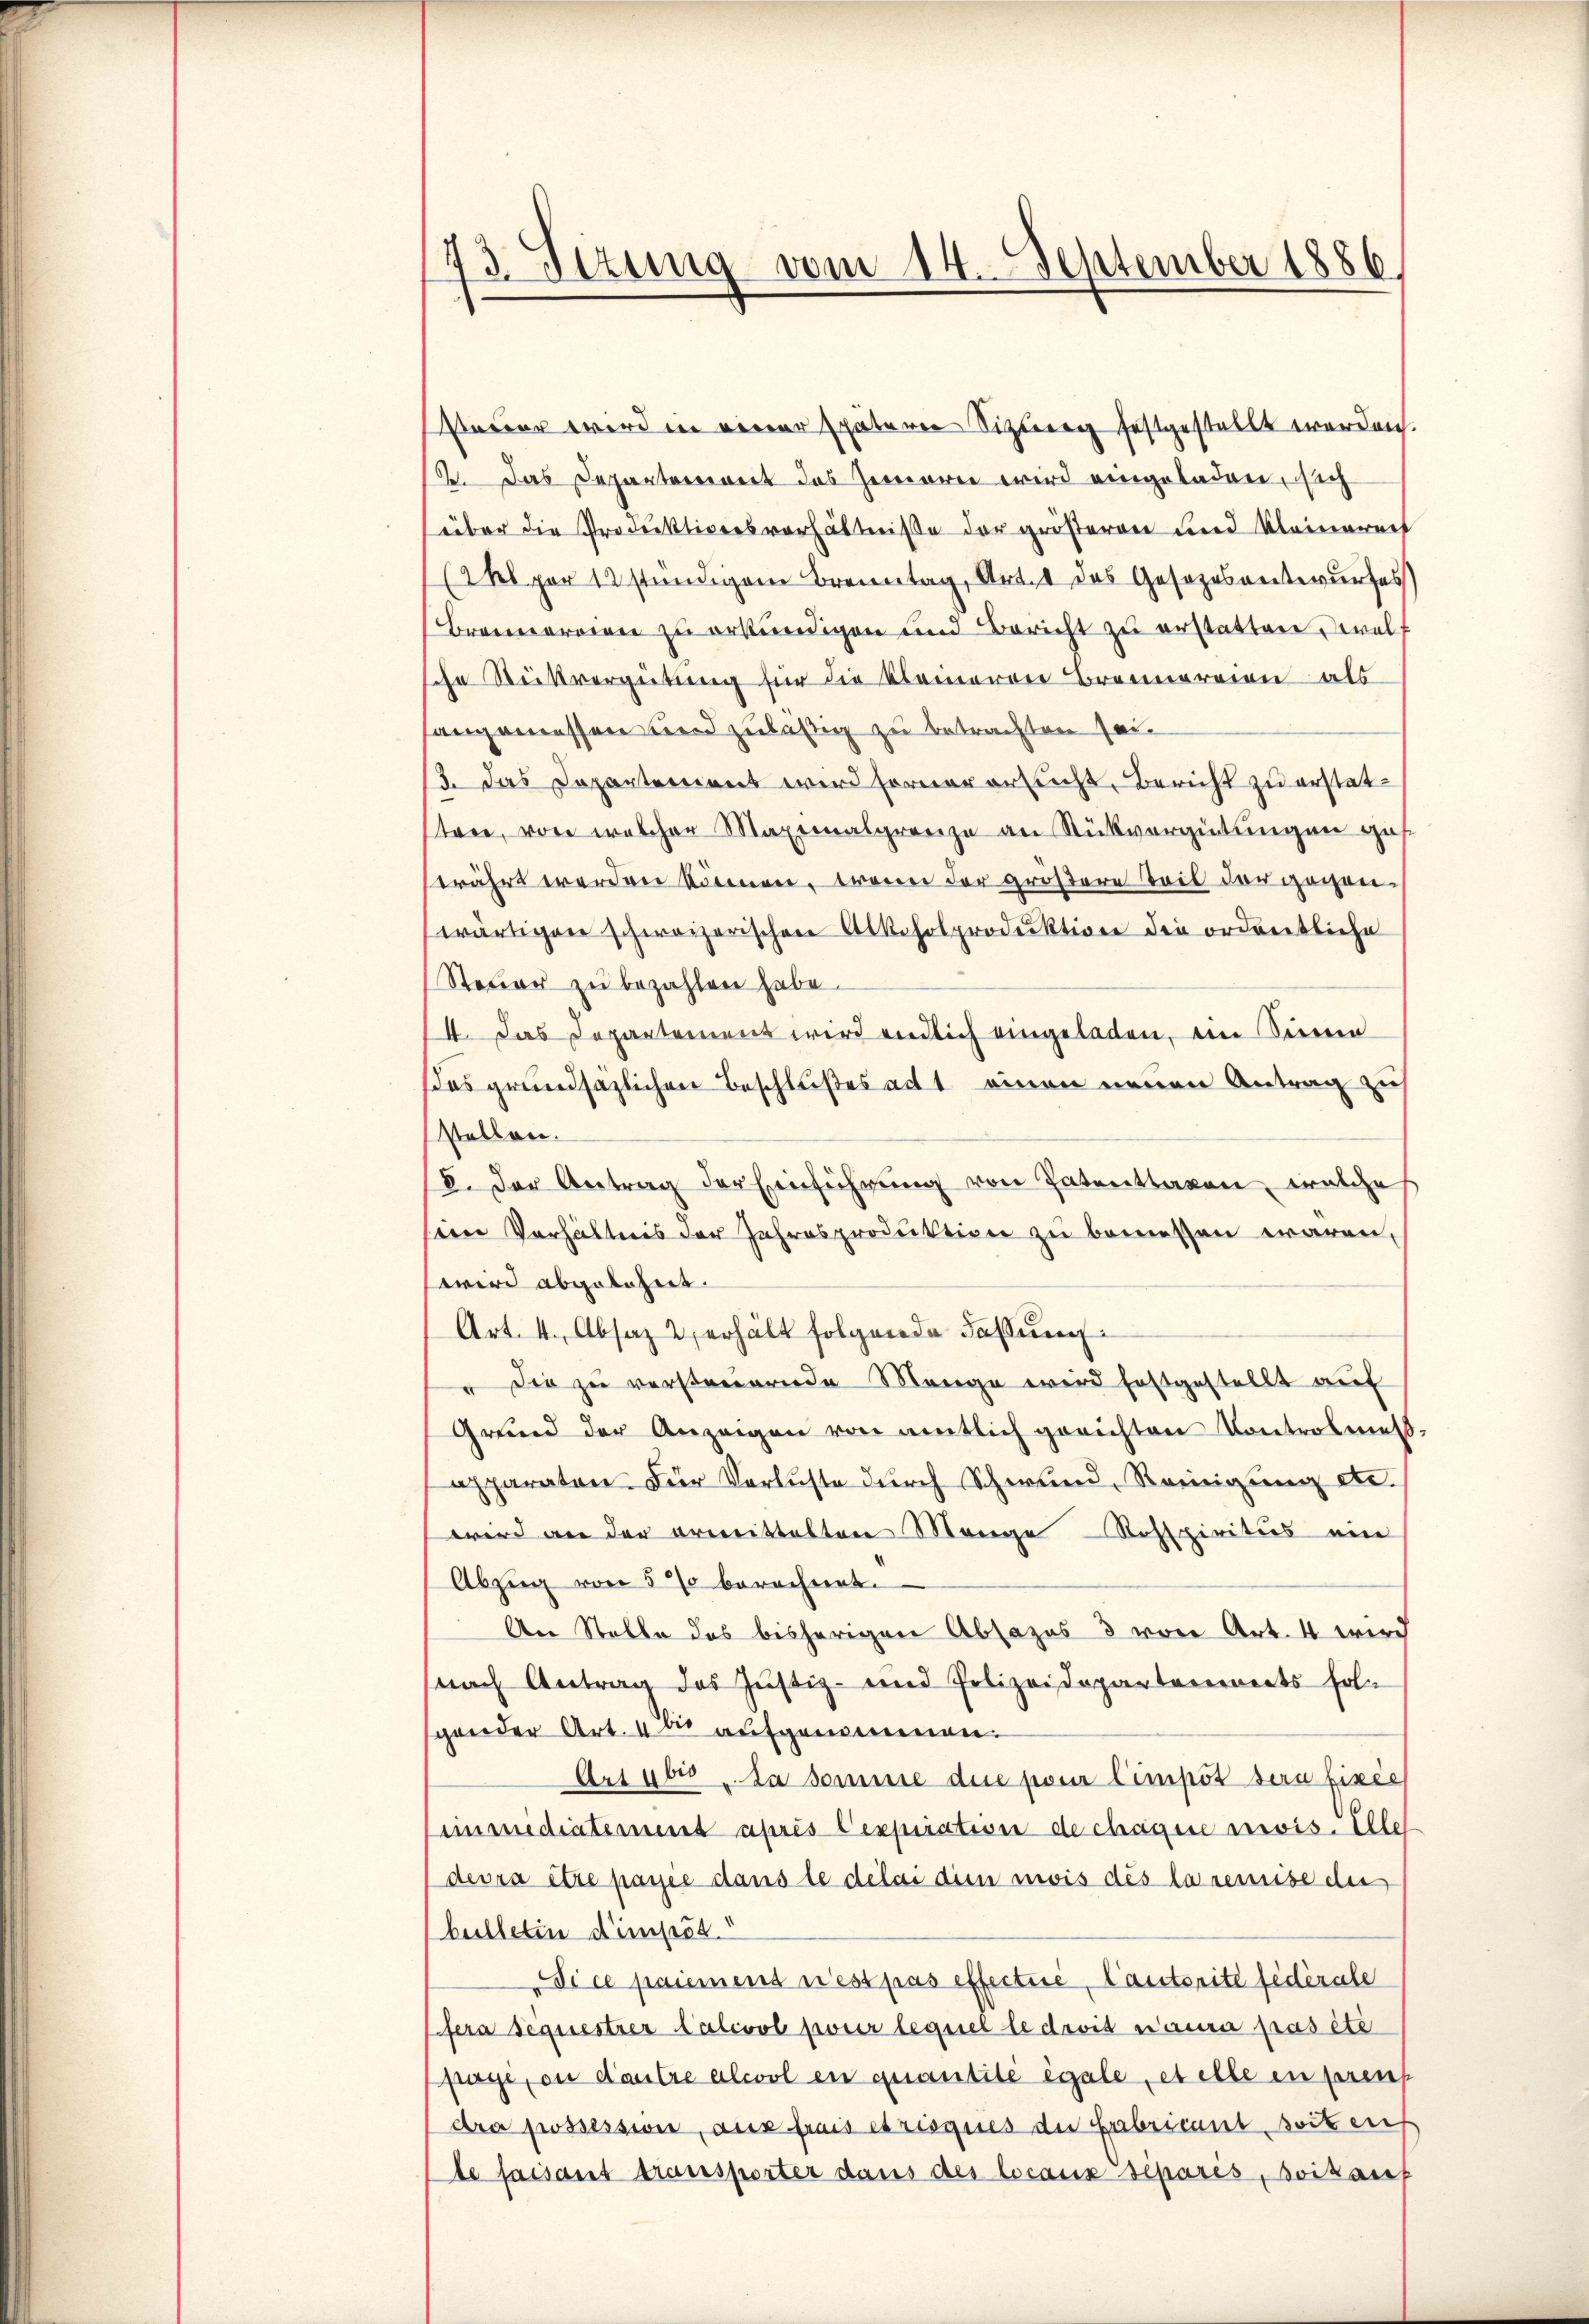
73. Sizung vom 14. September 1886

sauer wird in einer späteren Sizung festgestellt werden.
2. Das Departement das Zemorie wird eingeladen, sich
über die Produktiversverhältniße der größeren und Kleinereit
(hl pr 12 ständigem Brenntag, Art. 1 das Gesetzesentwurfes
Brennereien zu erkŭndigen und Bericht zŭ erstatten derelt
che Stuttvergütung für die kleineren Brennereien als
angemessen und zulässig zu betrachten sei¬
/3. das Departement wird ferner ersucht, Bericht zu erstatten, von welcher Maximalgrenze an Rückvergütungen ges
trährt werden können, trauen der größere Steil der gegenwärtigen schweizerischen Alkoholproduktion die ordentliche
Steŭer zu bezahlen habe.
4. Das Departement wird endlich eingeladen, ein Seinen
das grundsazlichen Beschlußes ad 1. einen neuen Antrag zu
stellen.
V. Der Antrag der Einführung von Patentragen, welches
sein Verhältnis der Jahresproduktion zu bemessen wären,
wird abgelehnt.
Art. 4. Absaz 2 erhält folgende Fassung
" Die zu versteuernde Mange wird festgestellt auf
Grŭnd der Anzeigen von amtlich gerichten Controlmet.
apparaten. Für Verluste durch Schwund, Reinigung etc.
wird an der ermittalten Mange Rosspiritus ein
Abzug von 5 % berechnet.
An Stelle des bisherigen Absazus 3 von Art. 4 wird
nach Antrag des Justiz- und Polizeidepartements fol
gender Art. 4 du aufgenommenen.
Arsubis, da somme die pour l’impôt sera fixie
immediaterient après Cexpiration de chagene envis. Alle
devra être payée dans le délai die mois des la remise des
bulletin d’empös.
dice paiemens n’est pas effectire, lautorité fédérale
fera sequestrer Talivol pour lequel le droit aura pas été
frage, ou d’autre alcol en quantité égale, et elle en preuß
dra possession, aus frais et risques der Fabricant soit auf
le faisant transporter daus des locaux séparés, soikant